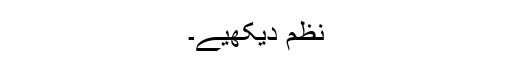
نظم دیکھیے۔